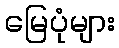
မြေပုံများ